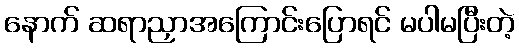
နောက် ဆရာညှာအကြောင်းပြောရင် မပါမပြီးတဲ့